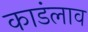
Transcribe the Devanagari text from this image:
काडंलाव